Annual report of the Civil Veterinary Department, Bengal, for the year 1897-98 - 1897-1898
Year: 1897
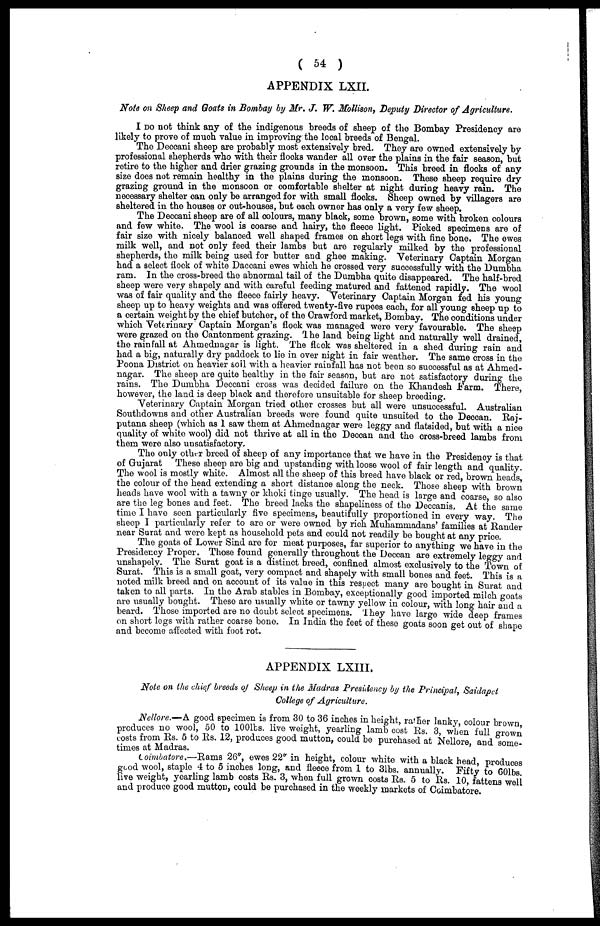
( 54 )
APPENDIX LXII.
Note on Sheep and Goats in Bombay by Mr. J. W. Mottison, Deputy Director of Agriculture.
I DO not think any of the indigenous breeds of sheep of the Bombay Presidency are
likely to prove of much value in improving the local breeds of Bengal.
The Deccani sheep are probably most extensively bred. They are owned extensively by
professional shepherds who with their flocks wander all over the plains in the fair season, but
retire to the higher and drier grazing grounds in the monsoon. This breed in flocks of any
size does not remain healthy in the plains during the monsoon. These sheep require dry
grazing ground in the monsoon or comfortable shelter at night during heavy rain. The
necessary shelter can only be arranged for with small flocks. Sheep owned by villagers are
sheltered in the houses or out-houses, but each owner has only a very few sheep.
The Deccani sheep are of all colours, many black, some brown, some with broken colours
and few white. The wool is coarse and hairy, the fleece light. Picked specimens are of
fair size with nicely balanced well shaped frames on short legs with fine bone. The ewes
milk well, and not only feed their lambs but are regularly milked by the professional
shepherds, the milk being used for butter and ghee making. Veterinary Captain Morgan
had a select flock of white Daccani ewes which he crossed very successfully with the Dumbha
ram. In the cross-breed the abnormal tail of the Dumbha quite disappeared. The half-bred
sheep were very shapely and with careful feeding matured and fattened rapidly. The wool
was of fair quality and the fleece fairly heavy. Veterinary Captain Morgan fed his young
sheep up to heavy weights and was offered twenty-five rupees each, for all young sheep up to
a certain weight by the chief butcher, of the Crawford market, Bombay. The conditions under
which Veterinary Captain Morgan's flock was managed were very favourable. The she9p
were grazed on the Cantonment grazing. The land being light and naturally well drained,
the rainfall at Ahmednagar is light. The fleck was sheltered in a shed during rain and
had a big, naturally dry paddock to lie in over night in fair weather. The same cross in the
Poona District on heavier soil with a heavier rainfall has not been so successful as at Ahmed-
nagar. The sheep are quite healthy in the fair season, but are not satisfactory during the
rains. The Dumbha Deccani cross was decided failure on the Khandesh Farm. There,
however, the land is deep black and therefore unsuitable for sheep breeding.
Veterinary Captain Morgan tried other crosses but all were unsuccessful. Australian
Southdowns and other Australian breeds were found quite unsuited to the Deccan. Raj-
putana sheep (which as 1 saw them at Ahmednagar were leggy and flatsided, but with a nice
quality of white wool) did not thrive at all in the Deccan and the cross-breed lambs from
them were also unsatisfactory.
The only other breed of sheep of any importance that we have in the Presidency is that
of Gujarat
These sheep are big and upstanding with loose wool of fair length and quality.
The wool is mostly white. Almost all the sheep of this breed have black or red, brown heads
the colour of the head extending a short distance along the neck. Those sheep with brown
heads have wool with a tawny or khoki tinge usually. The head is large and coarse, so also
are the leg bones and feet. The breed lacks the shapeliness of the Deccanis, At the same
time I have seen particularly five specimens, beautifully proportioned in every way. The
sheep I particularly refer to are or were owned by rich Muhamniadans' families at Rander
near Surat and were kept as household pets and could not readily be bought at any price.
The goats of Lower Sind are for meat purposes, far superior to anything we have in the
Presidency Proper. Those found generally throughout the Deccan are extremely leggy and
unshapely. The Surat goat is a distinct breed, confined almost exclusively to the Town of
Surat. This is a small goat, very compact and shapely with small bones and feet. This is a
noted milk breed and on account of its value in this respect many are bought in Surat and
taken to all parts. In the Arab stables in Bombay, exceptionally good imported milch goats
are usually bought. These are usually white or tawny yellow in colour, with long hair and a
beard. Those imported are no doubt select specimens. They have large wide deep frames
on short legs with rather coarse bone. In India the feet of these goats soon get out of shape
and become affected with foot rot.
APPENDIX LXIII.
Note on the chief breeds of Sheep in the Madras Presidency by the Principal, Saidapet
College of Agriculture.
Nellore.—A good specimen is from 30 to 36 inches in height, rather lanky, colour brown
produces no wool, 50 to 100lbs. live weight, yearling lamb cost Rs. 3, when full grown
costs from Rs. 5 to Rs. 12, produces good mutton, could be purchased at Nellore and some
times at Madras.
Coimbatore.-Rams 26" ewes 22" in height, colour white with a black head, produces
good wool, staple 4 to 5 inches long, and fleece from 1 to 31bs. annually. Fifty to 601bs
live weight, yearling lamb costs Rs. 3, when full grown costs Rs. 5 to Rs. 10 fattens well
and produce good mutton, could be purchased in the weekly markets of Coimbatore